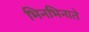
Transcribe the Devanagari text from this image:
भिनभिनाते